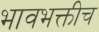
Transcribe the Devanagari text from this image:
भावभक्तीच